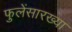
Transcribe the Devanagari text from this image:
फुलेंसारख्या